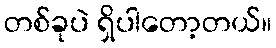
တစ်ခုပဲ ရှိပါတော့တယ်။